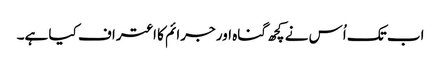
اب تک اُس نے کچھ گناہ اور جرائم کا اعتراف کیا ہے۔